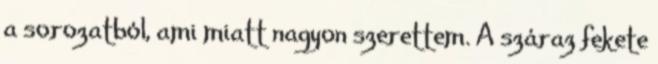
a sorozatból, ami miatt nagyon szerettem. A száraz fekete